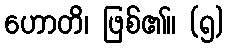
ဟောတိ၊ ဖြစ်၏။ (၅)